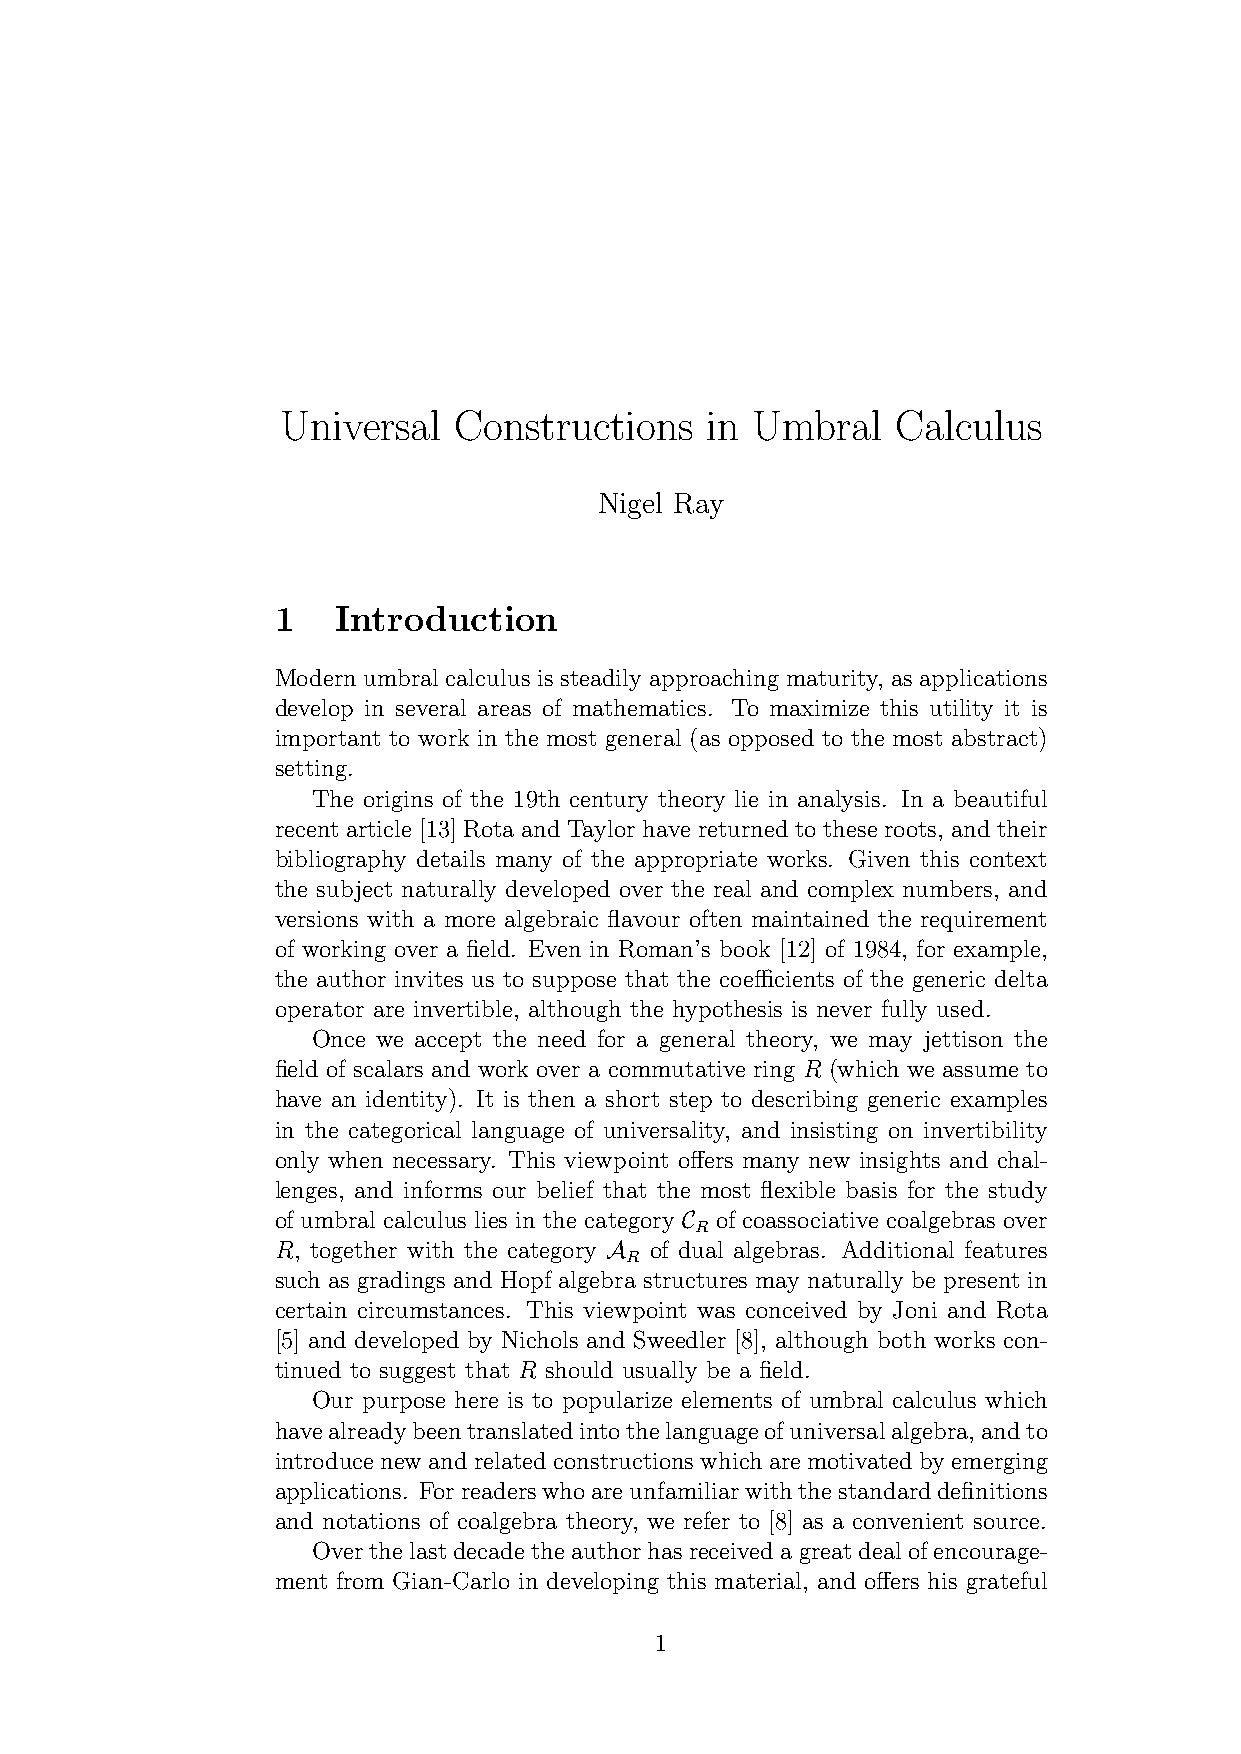
Universal  Constructions    in Umbral   Calculus
 Nigel Ray
 1   Introduction
 Modern umbral calculus is steadily approaching maturity, as applications
 develop in several areas of mathematics. To maximize this utility it is
 important to work in the most general (as opposed to the most abstract)
 setting.
 The origins of the 19th century theory lie in analysis. In a beautiful
 recent article [13] Rota and Taylor have returned to these roots, and their
 bibliography details many of the appropriate works. Given this context
 the subject naturally developed over the real and complex numbers, and
 versions with a more algebraic flavour often maintained the requirement
 of working over a field. Even in Roman’s book [12] of 1984, for example,
 the author invites us to suppose that the coefficients of the generic delta
 operator are invertible, although the hypothesis is never fully used.
 Once we accept the need for a general theory, we may jettison the
 field of scalars and work over a commutative ring R (which we assume to
 have an identity). It is then a short step to describing generic examples
 in the categorical language of universality, and insisting on invertibility
 only when necessary. This viewpoint offers many new insights and chal-
 lenges, and informs our belief that the most flexible basis for the study
 of umbral calculus lies in the category C of coassociative coalgebras over
 R
 R, together with the category A of dual algebras. Additional features
 R
 such as gradings and Hopf algebra structures may naturally be present in
 certain circumstances. This viewpoint was conceived by Joni and Rota
 [5] and developed by Nichols and Sweedler [8], although both works con-
 tinued to suggest that R should usually be a field.
 Our purpose here is to popularize elements of umbral calculus which
 havealreadybeentranslatedintothelanguageofuniversalalgebra,andto
 introducenewandrelatedconstructionswhicharemotivatedbyemerging
 applications. Forreaderswhoareunfamiliarwiththestandarddefinitions
 and notations of coalgebra theory, we refer to [8] as a convenient source.
 Overthelastdecadetheauthorhasreceivedagreatdealofencourage-
 ment from Gian-Carlo in developing this material, and offers his grateful
 1